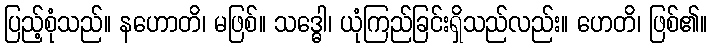
ပြည့်စုံသည်။ နဟောတိ၊ မဖြစ်။ သဒ္ဓေါ၊ ယုံကြည်ခြင်းရှိသည်လည်း။ ဟေတိ၊ ဖြစ်၏။